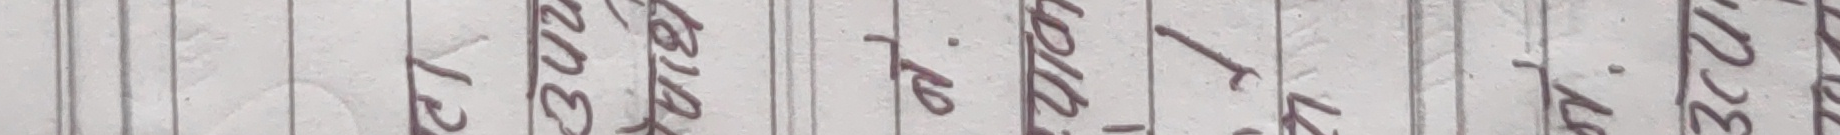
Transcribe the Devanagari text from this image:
३३२.२२ लाख
२० लाख
२१ लाख
ब्लक २२